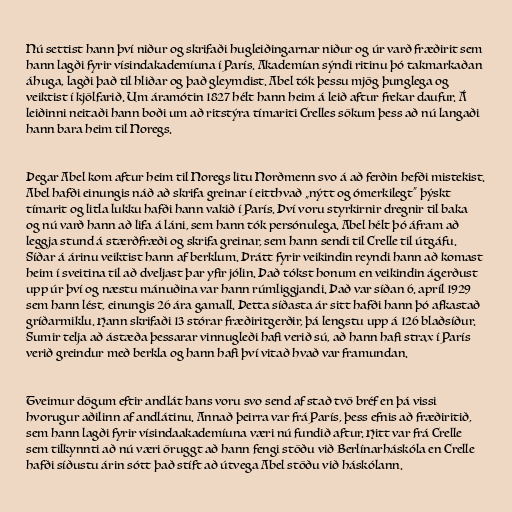
Nú settist hann því niður og skrifaði hugleiðingarnar niður og úr varð fræðirit sem
hann lagði fyrir vísindakademíuna í París. Akademían sýndi ritinu þó takmarkaðan
áhuga, lagði það til hliðar og það gleymdist. Abel tók þessu mjög þunglega og
veiktist í kjölfarið. Um áramótin 1827 hélt hann heim á leið aftur frekar daufur. Á
leiðinni neitaði hann boði um að ritstýra tímariti Crelles sökum þess að nú langaði
hann bara heim til Noregs.

Þegar Abel kom aftur heim til Noregs litu Norðmenn svo á að ferðin hefði mistekist.
Abel hafði einungis náð að skrifa greinar í eitthvað „nýtt og ómerkilegt“ þýskt
tímarit og litla lukku hafði hann vakið í París. Því voru styrkirnir dregnir til baka
og nú varð hann að lifa á láni, sem hann tók persónulega. Abel hélt þó áfram að
leggja stund á stærðfræði og skrifa greinar, sem hann sendi til Crelle til útgáfu.
Síðar á árinu veiktist hann af berklum. Þrátt fyrir veikindin reyndi hann að komast
heim í sveitina til að dveljast þar yfir jólin. Það tókst honum en veikindin ágerðust
upp úr því og næstu mánuðina var hann rúmliggjandi. Það var síðan 6. apríl 1929
sem hann lést, einungis 26 ára gamall. Þetta síðasta ár sitt hafði hann þó afkastað
gríðarmiklu. Hann skrifaði 13 stórar fræðiritgerðir, þá lengstu upp á 126 blaðsíður.
Sumir telja að ástæða þessarar vinnugleði hafi verið sú, að hann hafi strax í París
verið greindur með berkla og hann hafi því vitað hvað var framundan.

Tveimur dögum eftir andlát hans voru svo send af stað tvö bréf en þá vissi
hvorugur aðilinn af andlátinu. Annað þeirra var frá París, þess efnis að fræðiritið,
sem hann lagði fyrir vísindaakademíuna væri nú fundið aftur. Hitt var frá Crelle
sem tilkynnti að nú væri öruggt að hann fengi stöðu við Berlínarháskóla en Crelle
hafði síðustu árin sótt það stíft að útvega Abel stöðu við háskólann.